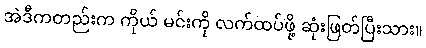
အဲဒီကတည်းက ကိုယ် မင်းကို လက်ထပ်ဖို့ ဆုံးဖြတ်ပြီးသား။